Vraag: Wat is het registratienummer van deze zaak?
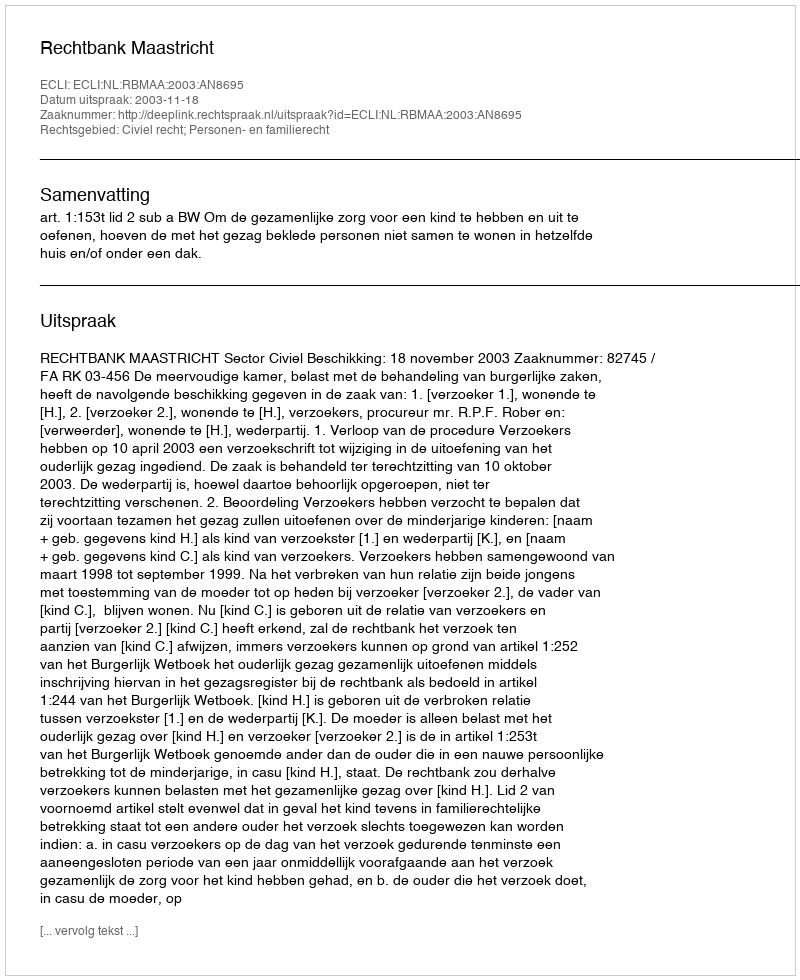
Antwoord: http://deeplink.rechtspraak.nl/uitspraak?id=ECLI:NL:RBMAA:2003:AN8695